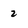
Character: 2